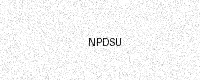
Text: NPDSU